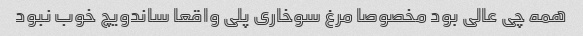
همه چی عالی بود مخصوصا مرغ سوخاری پلی واقعا ساندویچ خوب نبود